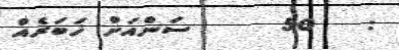
:   50     ސަންއަށް ޚަބަރެއް